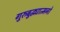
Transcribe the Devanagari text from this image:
गुरुबुद्ध्यात्मनो